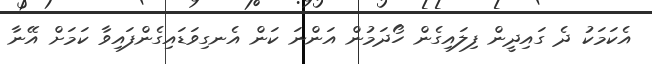
އެކަމަކު ދެ ގައިދީން ފިލައިގެން ހޯދަމުން އަންނަ ކަން އެނގިވަޑައިގެންފައިވާ ކަމަށް އޭނާ